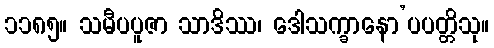
၁၁၈၅။ သမီပပူဇာ သာဒိဿ၊ ဒေါသက္ခာနော’ပပတ္တိသု။